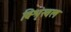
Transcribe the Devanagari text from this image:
विश्रृंखल